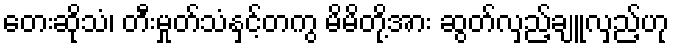
တေးဆိုသံ၊ တီးမှုတ်သံနှင့်တကွ မိမိတို့အား ဆွတ်လှည့်ချူလှည့်ဟု